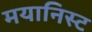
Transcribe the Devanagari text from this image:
मयानिस्ट